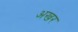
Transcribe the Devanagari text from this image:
अखर